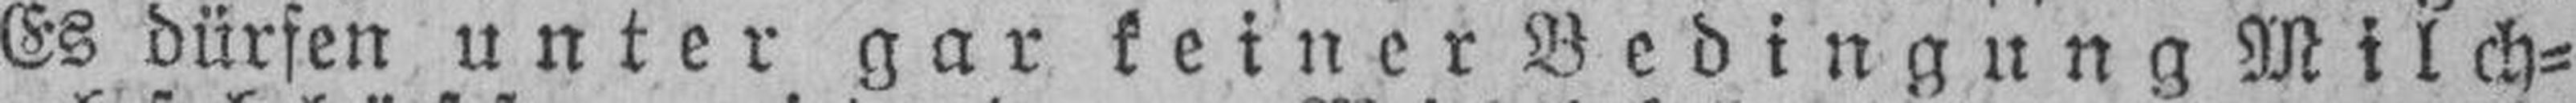
Es dürfen unter gar keiner Bedingung Milch¬